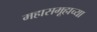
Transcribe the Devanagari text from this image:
महासमूहाच्या